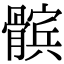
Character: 髌